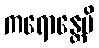
ကရောန္တေပိ